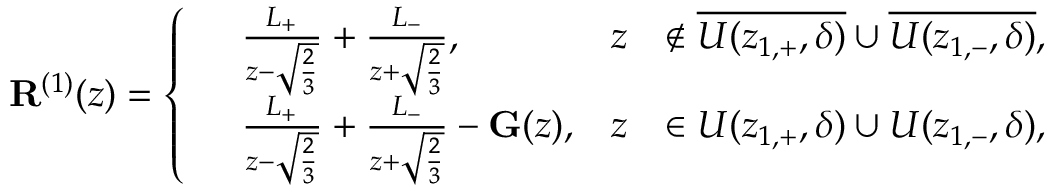
\mathbf { R } ^ { ( 1 ) } ( z ) = \left\{ \begin{array} { r l r l } & { \frac { L _ { + } } { z - \sqrt { \frac { 2 } { 3 } } } + \frac { L _ { - } } { z + \sqrt { \frac { 2 } { 3 } } } , } & { z } & { \notin \overline { { U ( z _ { 1 , + } , \delta ) } } \cup \overline { { U ( z _ { 1 , - } , \delta ) } } , } \\ & { \frac { L _ { + } } { z - \sqrt { \frac { 2 } { 3 } } } + \frac { L _ { - } } { z + \sqrt { \frac { 2 } { 3 } } } - \mathbf { G } ( z ) , } & { z } & { \in U ( z _ { 1 , + } , \delta ) \cup U ( z _ { 1 , - } , \delta ) , } \end{array} \right.